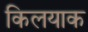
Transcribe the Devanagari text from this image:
किलयाक